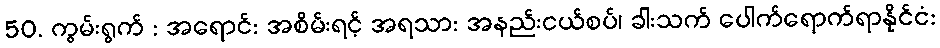
50. ကွမ်းရွက် : အရောင်: အစိမ်းရင့် အရသာ: အနည်းငယ်စပ်၊ ခါးသက် ပေါက်ရောက်ရာနိုင်ငံ: